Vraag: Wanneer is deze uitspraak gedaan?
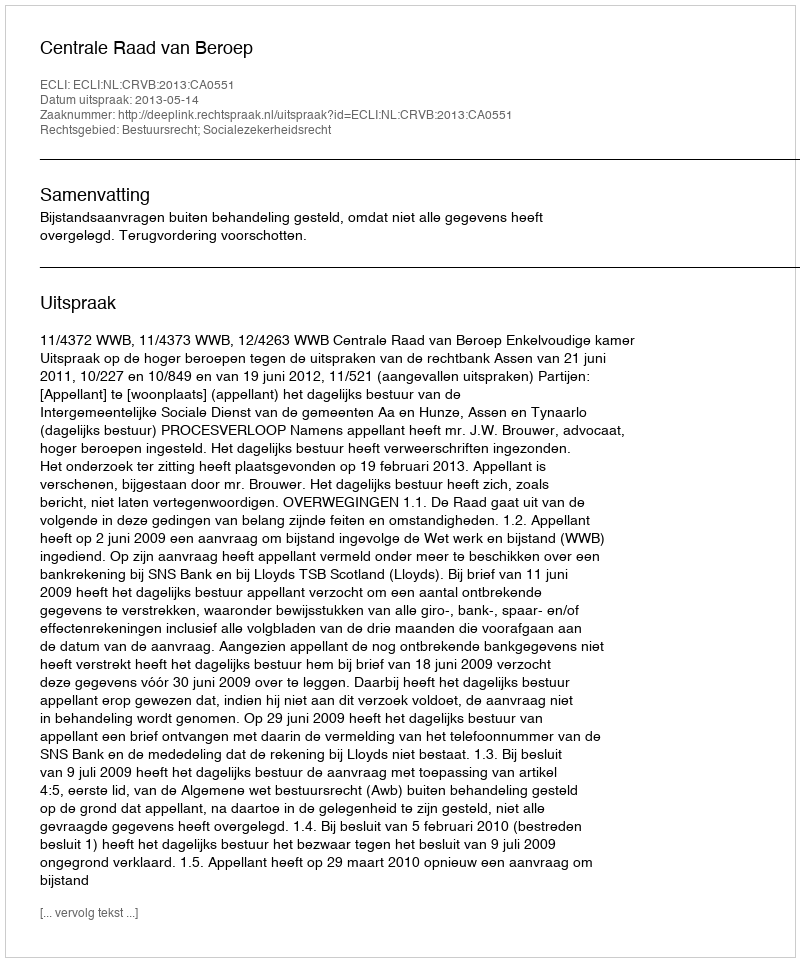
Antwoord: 2013-05-14